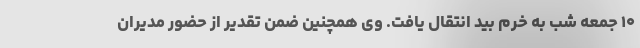
۱۰ جمعه شب به خرم بید انتقال یافت. وی همچنین ضمن تقدیر از حضور مدیران